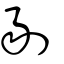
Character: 敭